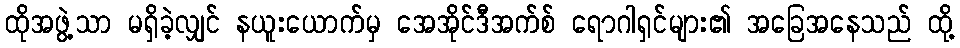
ထိုအဖွဲ့သာ မရှိခဲ့လျှင် နယူးယောက်မှ အေအိုင်ဒီအက်စ် ရောဂါရှင်များ၏ အခြေအနေသည် ထို့